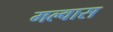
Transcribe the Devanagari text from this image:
मल्वास